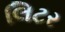
લિટર